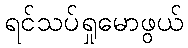
ရင်သပ်ရှုမောဖွယ်